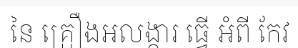
នៃ គ្រឿងអលង្ការ ធ្វើ អំពី កែវ